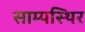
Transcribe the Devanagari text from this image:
साम्यस्थिर